Lunatic asylums in Bengal annual reports 1912-1924 - 1912-1924
Year: 1912
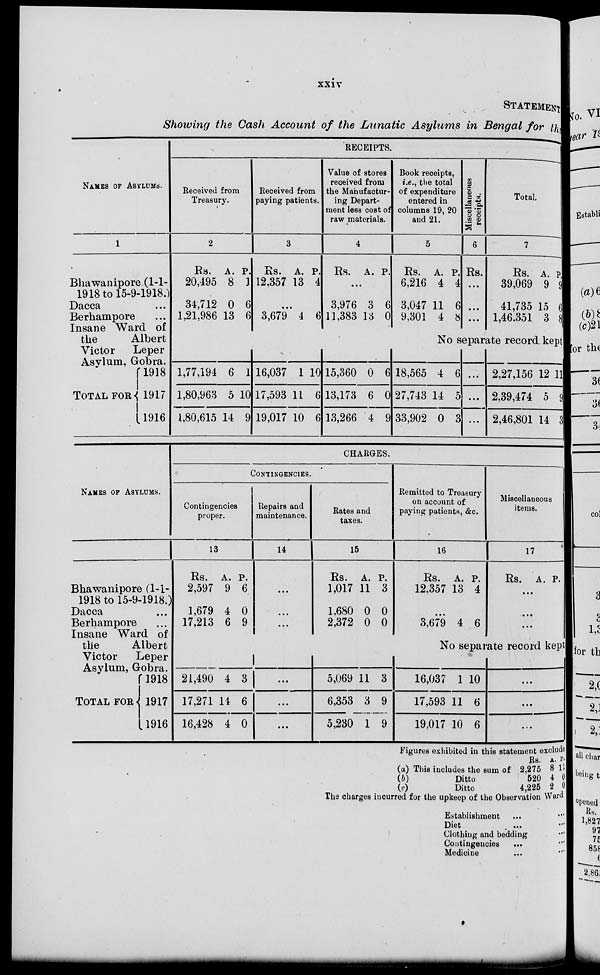
xxiv
STATEMENT
Showing the Cash Account of the Lunatic Asylums in Bengal for the
NAMES OF ASYLUMS.
1
Bhawanipore (1-1-
1918 to 15-9-1918.)
Dacca ...
Berhampore ...
Insane Ward of
the
Albert
Victor
Leper
Asylum, Gobra.
TOTAL FOR
1918
1917
1916
RECEIPTS.
Received from
Treasury.
2
Rs.
20,495
34,712
1,21,986
A.
8
0
13
P.
1
6
6
1,77,194
1,80,963
1,80,615
6
5
14
1
10
9
Received from
paying patients.
3
Rs.
12,357
A.
13
P.
4
...
3,679 4 6
16,037
17,593
19,017
1
11
10
10
6
6
Value of stores
received from
the Manufactur-
ing Depart-
ment less cost of
raw materials.
4
Rs. A. P.
...
3,976
11,383
3
13
6
0
15,360
13,173
13,266
0
6
4
6
0
9
Book receipts,
i.e., the total
of expenditure
entered in
columns 19, 20
and 21.
5
Rs.
6,216
3,047
9,301
A.
4
11
4
P.
4
6
8
Miscellaneous
receipts.
6
Rs.
...
...
...
Total.
7
Rs.
39,069
41,735
1,46,351
A.
9
15
3
P.
9
6
8
No separate record kept
18,565
27,743
33,902
4
14
0
6
0
3
...
...
...
2,27,156
2,39,474
2,46,801
12
5
14
11
9
3
NAMES OF ASYLUMS.
Bhawanipore (1-1-
1918 to 15-9-1918.)
Dacca ...
Berhampore ...
Insane Ward of
the
Albert
Victor
Leper
Asylum, Gobra.
TOTAL FOR
1918
1917
1916
CHARGES.
CONTINGENCIES.
Contingencies
proper.
13
Rs.
2,597
1,679
17,213
A.
9
4
6
P.
6
0
9
21,490
17,271
16,428
4
11
4
3
6
0
Repairs and
maintenance.
14
...
...
...
...
...
...
Rates and
taxes.
15
Rs.
1,017
1,680
2,372
A.
11
0
0
P.
3
0
0
5,069
6,353
5,230
11
3
1
3
9
9
Remitted to Treasury
on account of
paying patients, &c.
16
Rs.
12,357
A.
13
P.
4
...
3,679 4 6
Miscellaneous
items.
17
Rs. A. P.
...
...
...
No separate record kept
16,037
17,593
19,017
1
11
10
10
6
6
...
...
...
Figures exhibited in this statement exclude
(a)
(b)
(c)
This includes the sum of
Ditto
Ditto
Rs.
2,275
520
4,225
A
8
4
2
P.
11
0
0
The charges incurred for the upkeep of the Observation Ward
Establishment ... ...
Diet ... ...
Clothing and bedding ...
Contingencies
... ...
Medicine ... ...